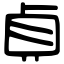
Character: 貞